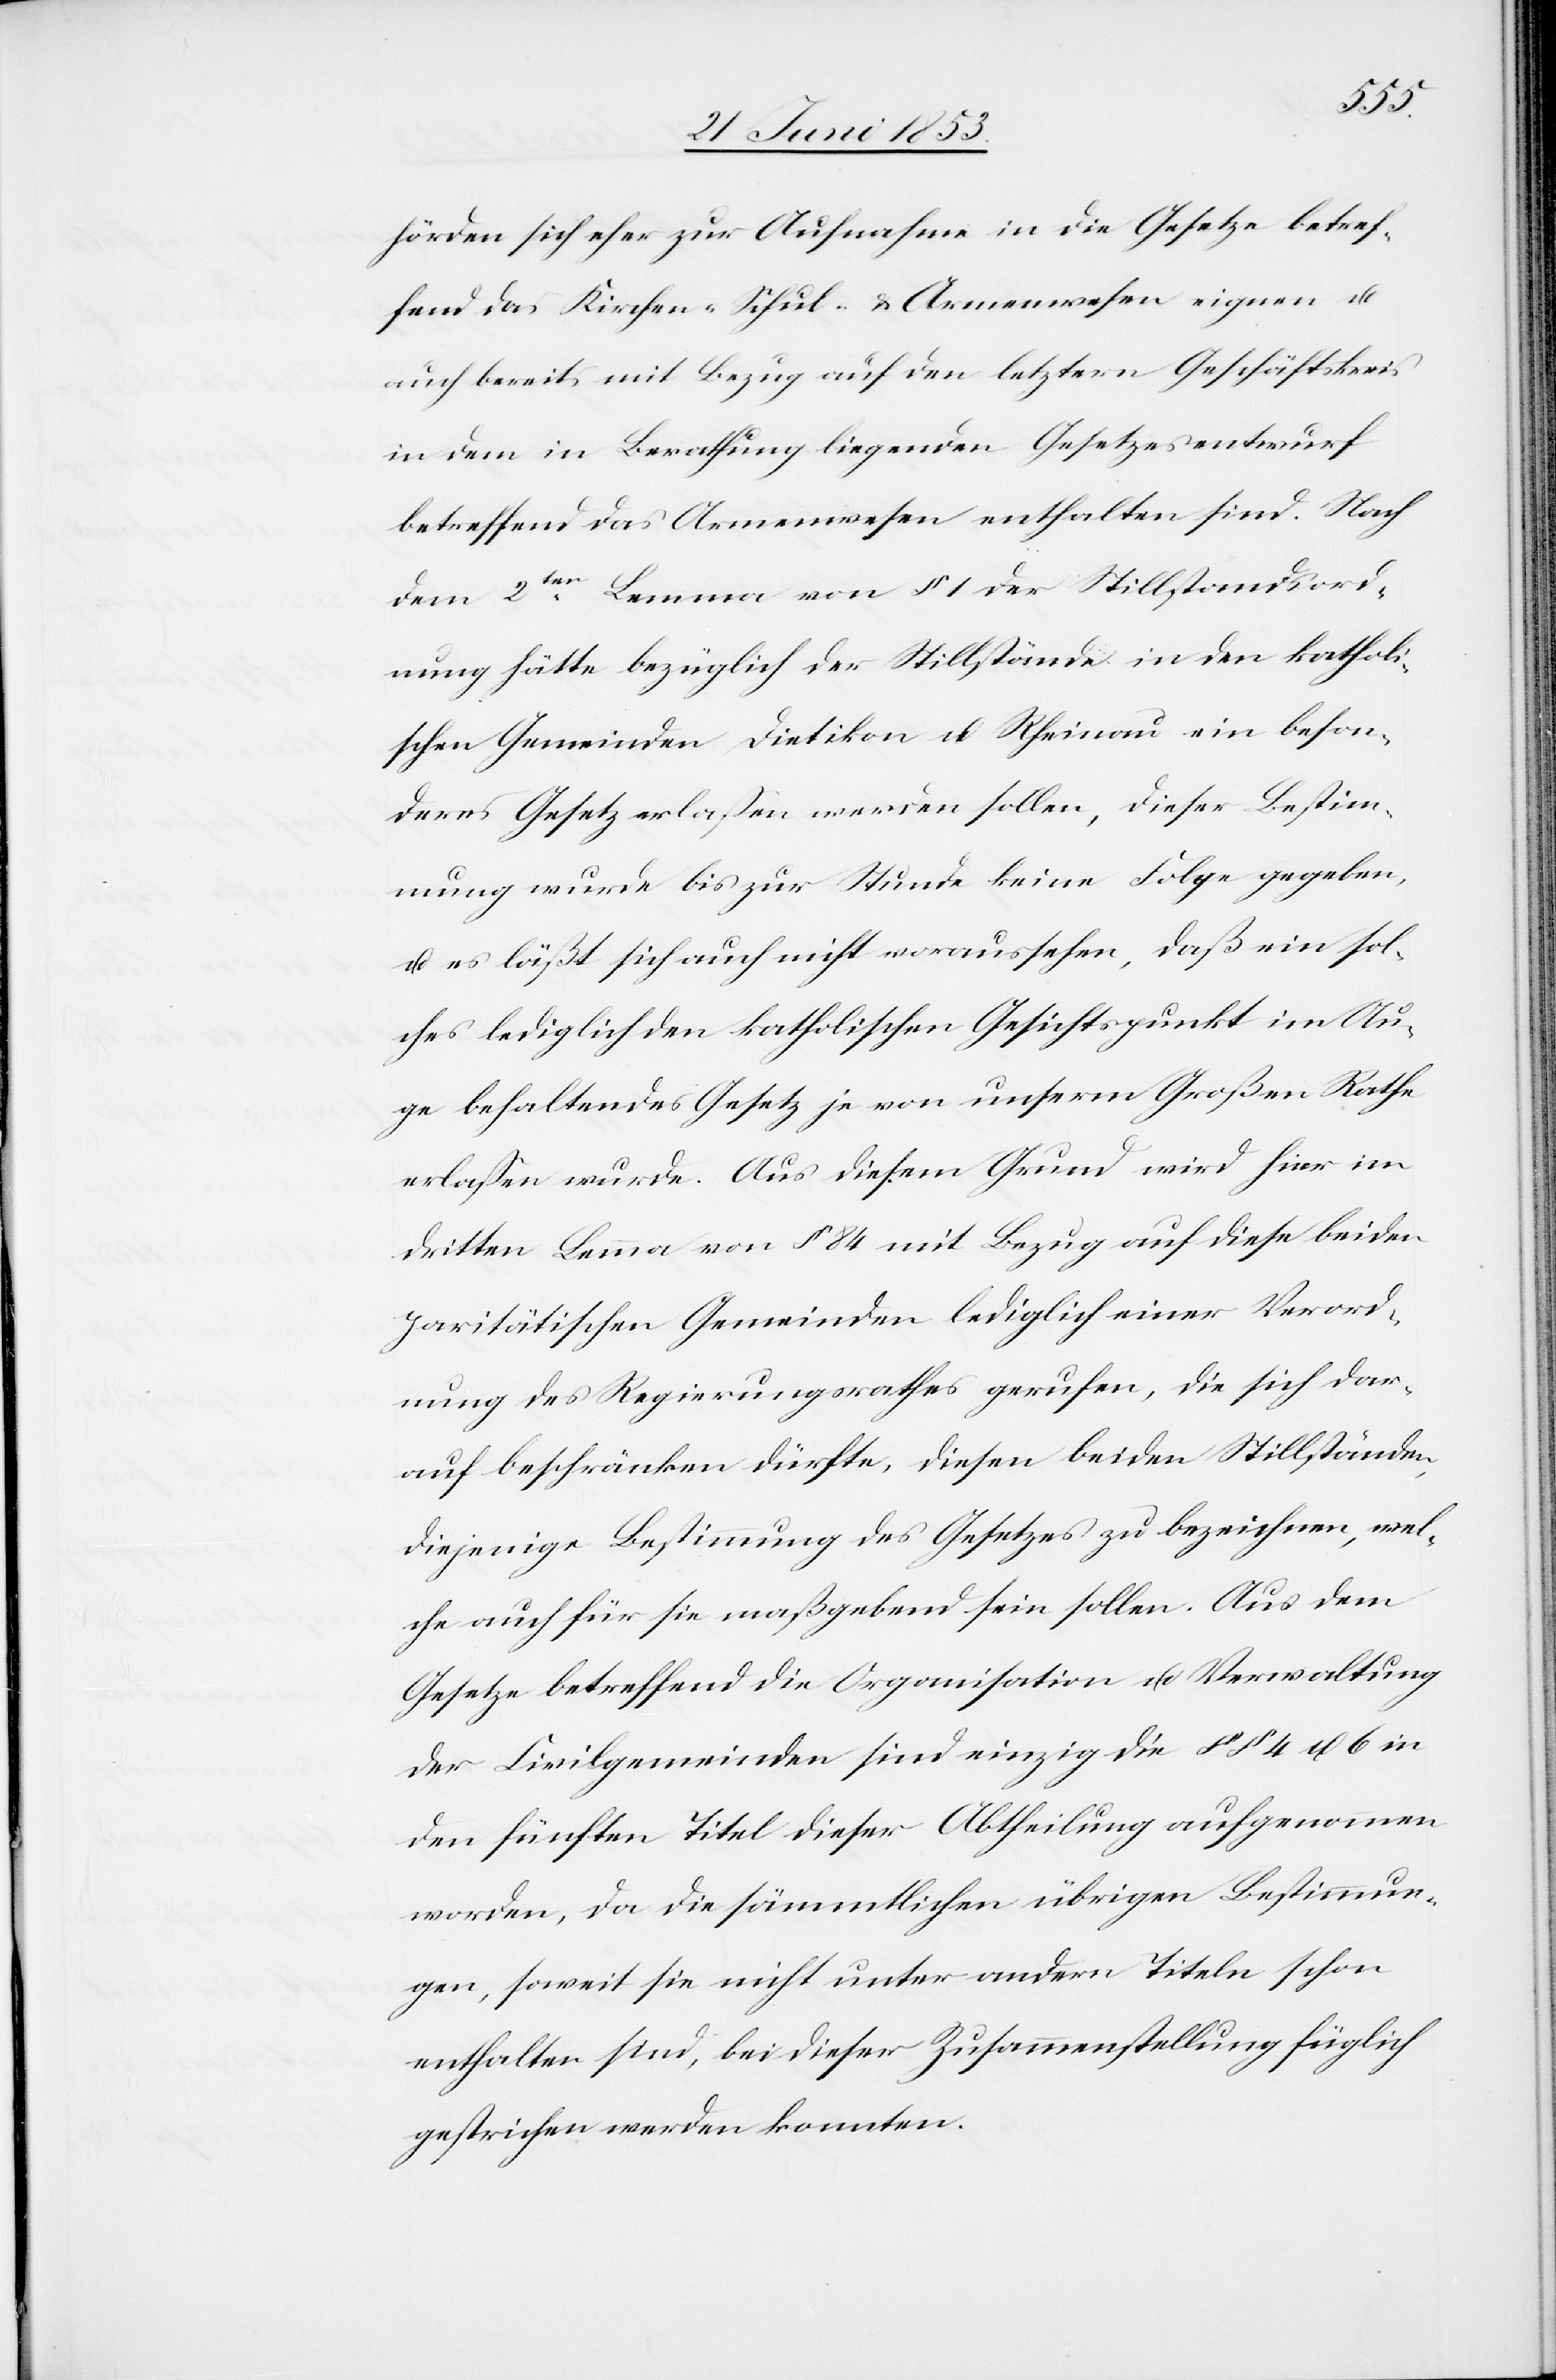
hörden sich eher zur Aufnahme in die Gesetze betref¬
fend das Kirchen- Schul- u. Armenwesen eignen u.
auch bereits mit Bezug auf den letztern Geschäftskreis
in dem in Berathung liegenden Gesetzesentwurf
betreffend das Armenwesen enthalten sind. Nach
dem 2ten. Lemma von § 1 der Stillstandsord¬
nung hätte bezüglich der Stillstände in den kathol¬
ischen Gemeinden Dietikon u. Rheinau ein beson¬
deres Gesetz erlaßen werden sollen, dieser Bestim¬
mung wurde bis zur Stunde keine Folge gegeben,
u. es läßt sich auch nicht voraussehen, daß ein sol¬
ches lediglich den katholischen Gesichtspunkt im Au¬
ge behaltendes Gesetz je von unserm Großen Rathe
erlaßen wurde. Aus diesem Grund wird hier im
dritten Lemma von § 84 mit Bezug auf diese beiden
paritätischen Gemeinden lediglich einer Verord¬
nung des Regierungsrathes gerufen, die sich dar¬
auf beschränken dürfte, diesen beiden Stillständen,
diejenige Bestimmung des Gesetzes zu bezeichnen, wel¬
che auch für sie maßgebend sein sollen. Aus dem
Gesetze betreffend die Organisation u. Verwaltung
der Civilgemeinden sind einzig die §§ 4 u. 6 in
den fünften Titel dieser Abtheilung aufgenommen
worden, da die sämmtlichen übrigen Bestimmun¬
gen, soweit sie nicht unter andern Titeln schon
enthalten sind, bei dieser Zusammenstellung füglich
gestrichen werden konnten.